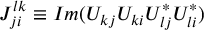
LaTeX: J _ { j i } ^ { l k } \equiv I m ( U _ { k j } U _ { k i } U _ { l j } ^ { \ast } U _ { l i } ^ { \ast } )